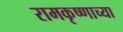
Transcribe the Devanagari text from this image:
रामकृष्णाच्या